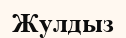
Жулдыз